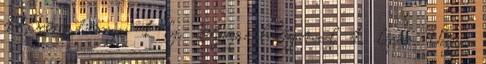
17,5cm, tömege: 1 kg, anyaga: hungarocel 1. lépés: Vegye